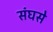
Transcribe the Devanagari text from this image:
संघसे